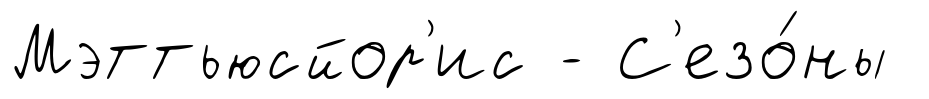
Мэттьюсйор'ис - С'езо́ны